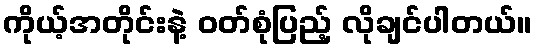
ကိုယ့်အတိုင်းနဲ့ ဝတ်စုံပြည့် လိုချင်ပါတယ်။